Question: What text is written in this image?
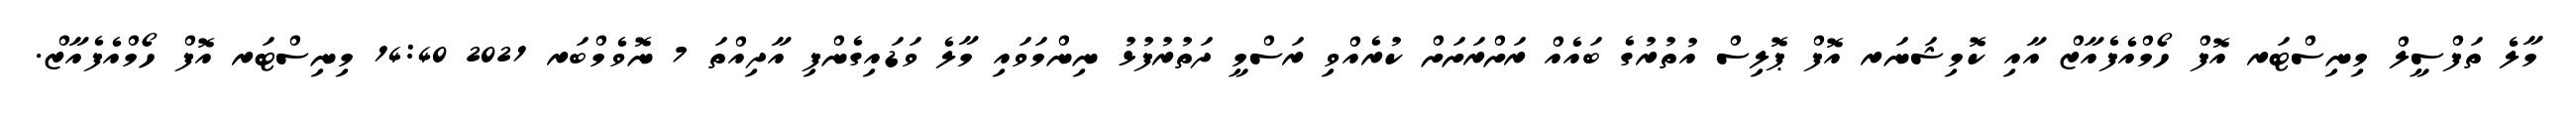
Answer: މާލެ ތަފްސީލް މިނިސްޓަރ އޮފް ހޯމްއެފެއާޒް އާއި ކޮމިޝަނަރ އޮފް ޕޮލިސް އުތުރުގެ ބައެއް ރަށްރަށަށް ކުރެއްވި ރަސްމީ ދަތުރުފުޅު ނިންމަވައި މާލެ ވަޑައިގެންފި އާދިއްތަ 7 ނޮވެމްބަރ 2021 14:40 މިނިސްޓަރ އޮފް ހޯމްއެފެއާޒް.